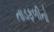
તાડફળીનો